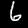
Label: 6